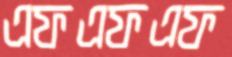
এফএফএফ